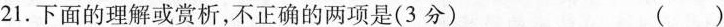
21.下面的理解或赏析，不正确的两项是(3分) ( )